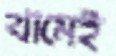
থামেই